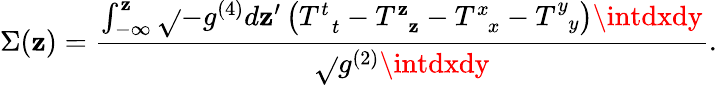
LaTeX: \Sigma(\mathbf{z})=\frac{{\int_{-\infty}^{\mathbf{z}}\sqrt{}{{-g^{(4)}}}d\mathbf{z}^{\prime}\left(T_{\; \; t}^{t}-T_{\; \; \mathbf{z}}^{\mathbf{z}}-T_{\; \; x}^{x}-T_{\; \; y}^{y}\right)\intdxdy}}{{\sqrt{}{{g^{(2)}}}\intdxdy}}.